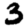
Digit: 3